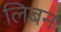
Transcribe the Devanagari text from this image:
लिबन